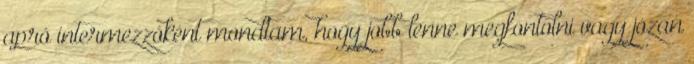
apró intermezzóként mondtam, hogy jobb lenne megfontolni vagy józan